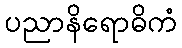
ပညာနိရောဓိကံ